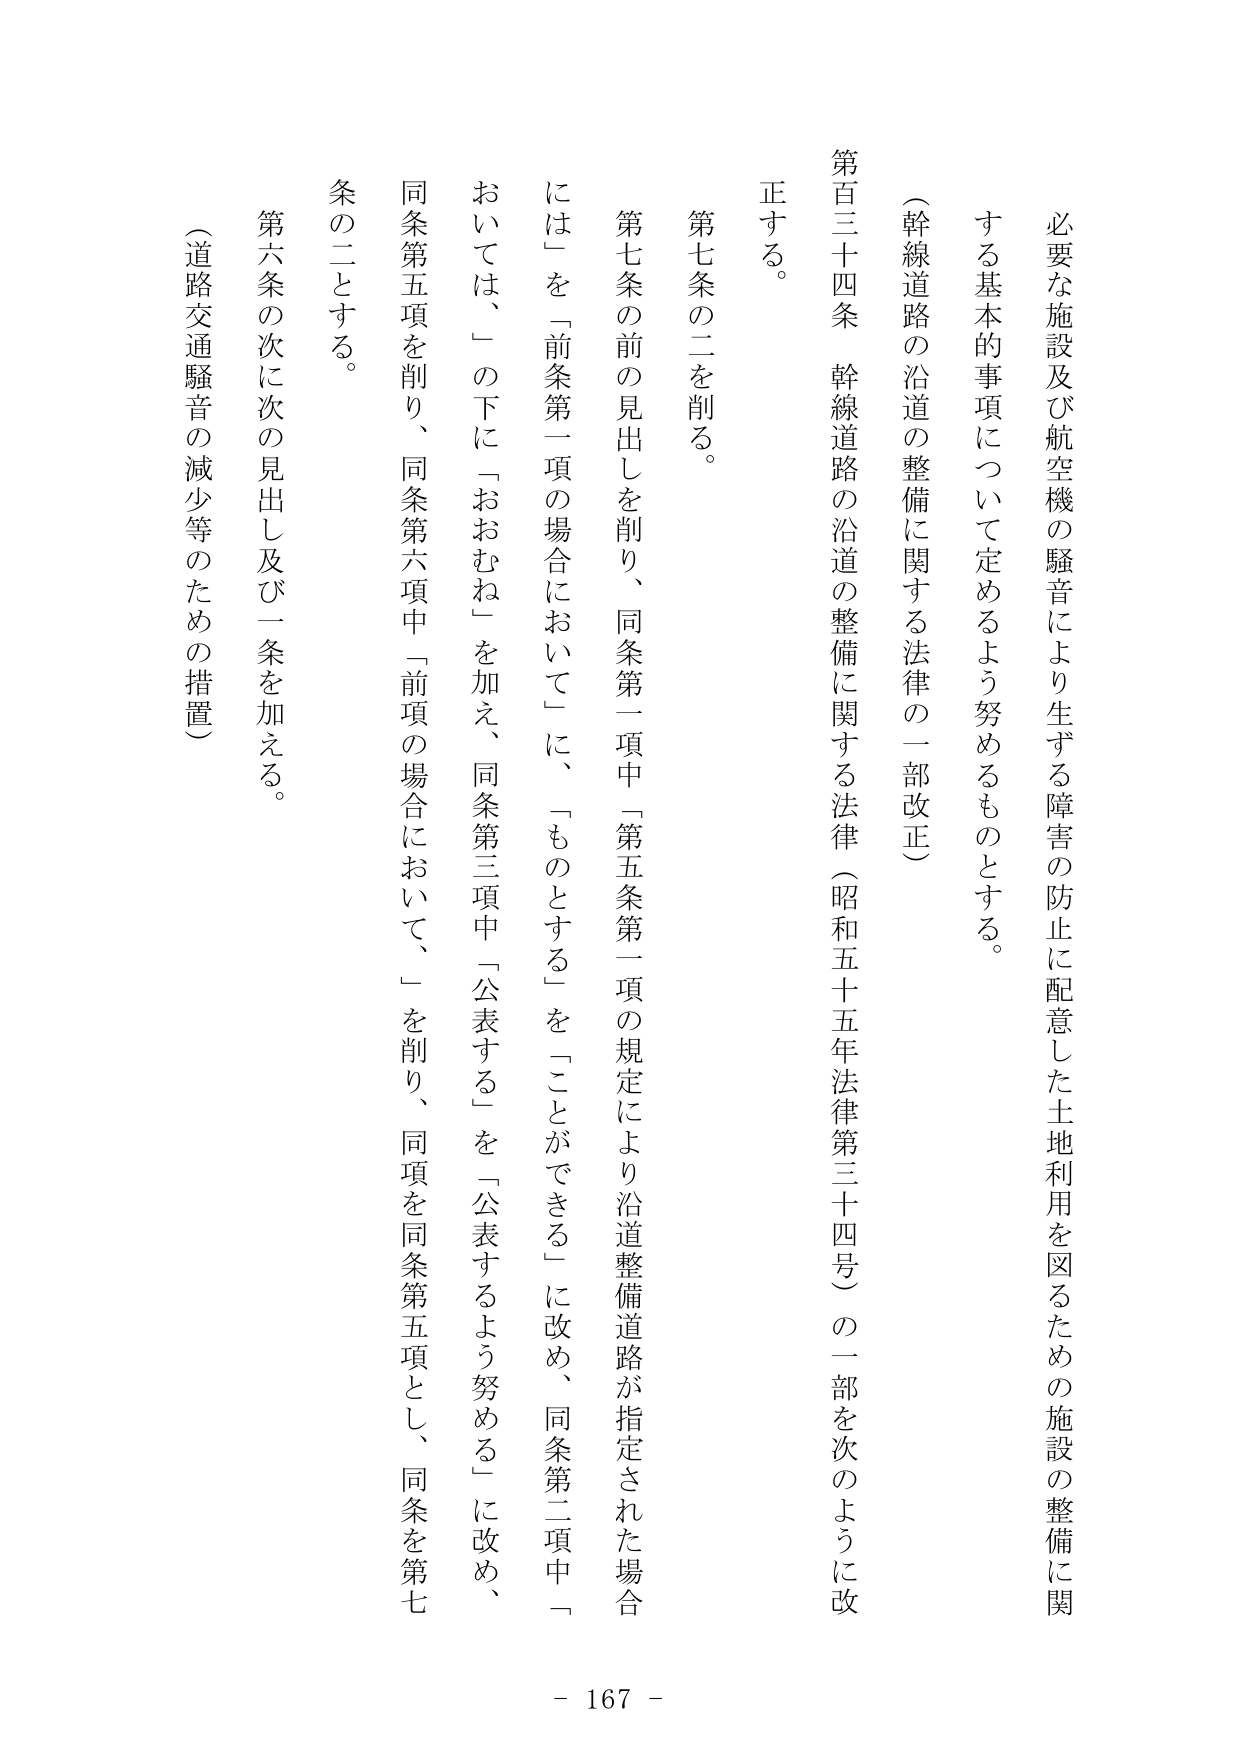
必要な施設及び航空機の騒音により生ずる障害の防止に配意した土地利用を図るための施設の整備に関する基本的事項について定めるよう努めるものとする。

（幹線道路の沿道の整備に関する法律の一部改正）

第百三十四条　幹線道路の沿道の整備に関する法律（昭和五十五年法律第三十四号）の一部を次のように改正する。

第七条の二を削る。

第七条の前の見出しを削り、同条第一項中「第五条第一項の規定により沿道整備道路が指定された場合には」を「前条第一項の場合において」に、「ものとする」を「ことができる」に改め、同条第二項中「おいては、」の下に「おおむね」を加え、同条第三項中「公表する」を「公表するよう努める」に改め、同条第五項を削り、同条第六項中「前項の場合において、」を削り、同項を同条第五項とし、同条を第七条の二とする。

第六条の次に次の見出し及び一条を加える。

（道路交通騒音の減少等のための措置）

- 167 -